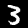
Label: 3